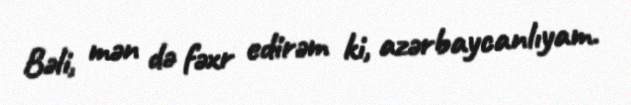
Bəli, mən də fəxr edirəm ki, azərbaycanlıyam.